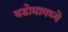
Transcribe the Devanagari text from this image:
बडोद्यामध्ये